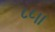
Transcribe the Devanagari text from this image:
८८।।